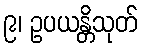
၉၊ ဥပယန္တိသုတ်